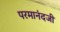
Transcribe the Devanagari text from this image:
परमानंदजी